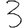
Digit: 3